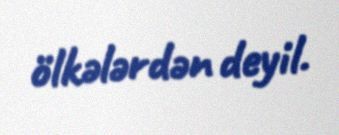
ölkələrdən deyil.